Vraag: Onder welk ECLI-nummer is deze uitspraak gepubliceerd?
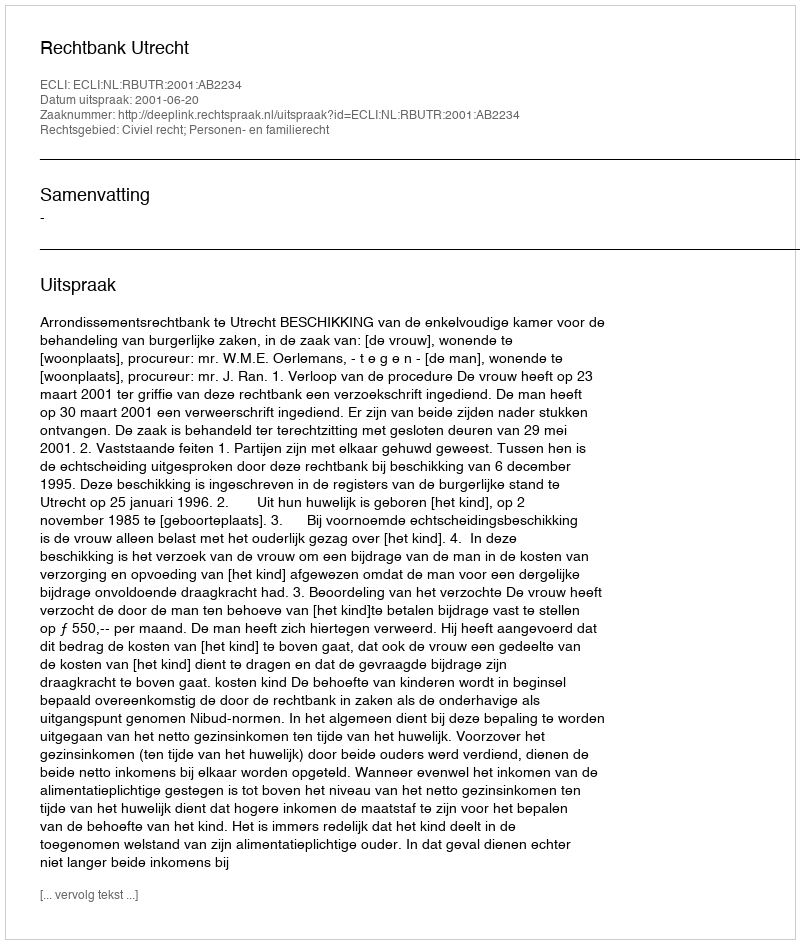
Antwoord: ECLI:NL:RBUTR:2001:AB2234